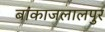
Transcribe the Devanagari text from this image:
बांकाजलालपुर